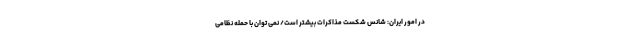
در امور ایران: شانس شکست مذاکرات بیشتر است/ نمی توان با حمله نظامی